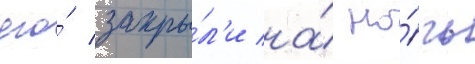
его́ закры́л'и на́ но́чь